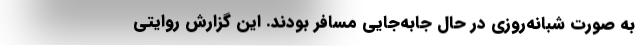
به صورت شبانه‌روزي در حال جابه‌جايي مسافر بودند. اين گزارش روايتي